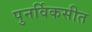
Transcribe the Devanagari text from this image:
पुनर्विकसीत